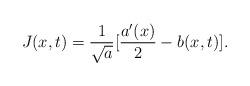
LaTeX: \begin{align*} J(x,t)=\frac{1}{\sqrt{a}}[\frac{a'(x)}{2}-b(x,t)].\end{align*}